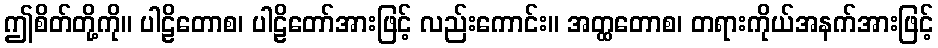
ဤစိတ်တို့ကို။ ပါဠိတောစ၊ ပါဠိတော်အားဖြင့် လည်းကောင်း။ အတ္ထတောစ၊ တရားကိုယ်အနက်အားဖြင့်